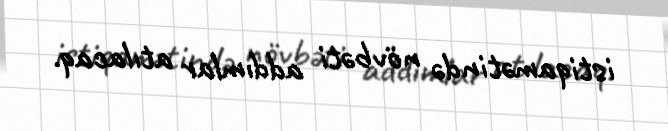
istiqamətində növbəti addımlar atılacaq.